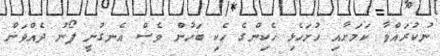
ނުކުރައްވާ ކަމަށާއި ހުށަހެޅި ހެކިންގެ ހެކި ބަހުން ވެސް އެނގުނީ ފޯނު ދެއްވަން